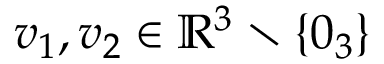
v _ { 1 } , v _ { 2 } \in \mathbb { R } ^ { 3 } \setminus \{ 0 _ { 3 } \}